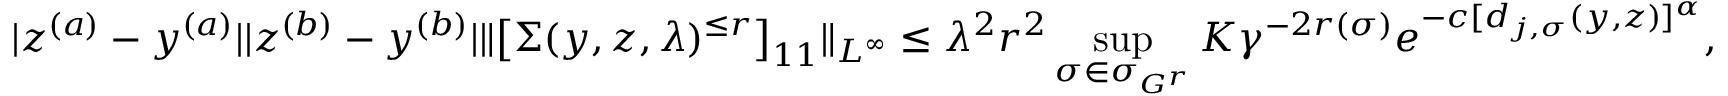
| z ^ { ( a ) } - y ^ { ( a ) } | | z ^ { ( b ) } - y ^ { ( b ) } | \Vert \big [ \Sigma ( y , z , \lambda ) ^ { \le r } \big ] _ { 1 1 } \Vert _ { L ^ { \infty } } \le \lambda ^ { 2 } r ^ { 2 } \operatorname* { s u p } _ { \sigma \in \sigma _ { { \cal G } ^ { r } } } K \gamma ^ { - 2 r ( \sigma ) } e ^ { - c [ d _ { j , \sigma } ( y , z ) ] ^ { \alpha } } ,